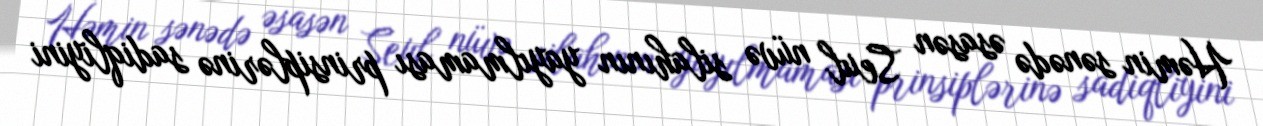
Həmin sənədə əsasən Seul nüvə silahının yayılmaması prinsiplərinə sadiqliyini